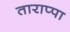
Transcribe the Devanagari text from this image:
ताराप्पा